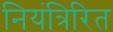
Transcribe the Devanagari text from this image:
नियंत्रिरित